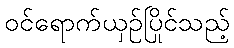
ဝင်ရောက်ယှဉ်ပြိုင်သည့်